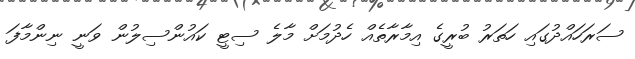
ސަރަހައްދުގައި ހަތަރު ބުރީގެ އިމާރާތެއް ހެދުމަށް މާލެ ސިޓީ ކައުންސިލުން ވަނީ ނިންމާފަ